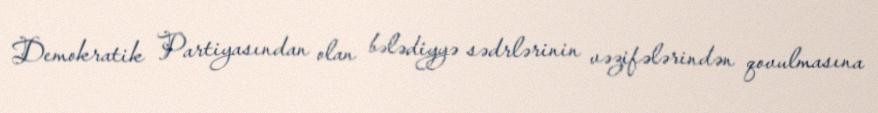
Demokratik Partiyasından olan bələdiyyə sədrlərinin vəzifələrindən qovulmasına